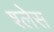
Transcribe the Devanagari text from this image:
श्लेस